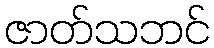
ဇာတ်သဘင်